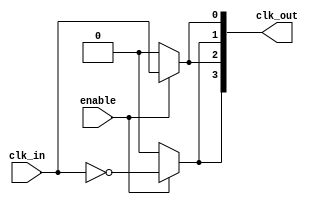
module skew_optimized_clock_buffer #(
    parameter N = 4,          // Number of outputs
    parameter DELAY_THRESH = 100 // Maximum allowable skew in ps
)(
    input wire clk_in,        // Input Clock Signal
    input wire enable,        // Enable signal for clock buffer
    output wire [N-1:0] clk_out // Output Clock Signals
);

    // Internal wire to hold buffered clock signals
    wire [N-1:0] buffer;

    // Buffering structure to minimize skew
    generate
        genvar i;
        for (i = 0; i < N; i = i + 1) begin : clk_buffer
            // Instance of clock buffer (simple inverter followed by non-inverter for demonstration)
            if (i == 0) begin
                assign buffer[i] = clk_in; // No inversion for the first output
            end else begin
                assign buffer[i] = ~buffer[i-1]; // Invert previous buffer output to create a chain
            end
        end
    endgenerate

    // Drive the outputs based on the enable signal
    genvar j;
    for (j = 0; j < N; j = j + 1) begin : output_assignment
        assign clk_out[j] = enable ? buffer[j] : 1'b0; // Active output when enabled, otherwise driven low
    end

    // Note: Additional techniques like matched interconnect paths and control on load capacitance can be implemented here.

endmodule